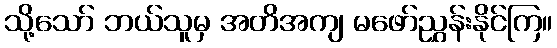
သို့သော် ဘယ်သူမှ အတိအကျ မဖော်ညွှန်းနိုင်ကြ။